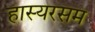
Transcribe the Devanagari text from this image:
हास्यरसम